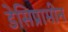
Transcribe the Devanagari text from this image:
डेसिप्रामीन